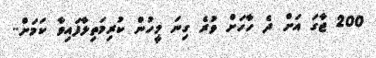
200 ޖާގަ އަށް ދެ ހާހަށް ވުރެ ގިނަ މީހުން ކުރިމަތިލާފައިވާ ކަމަށް..